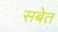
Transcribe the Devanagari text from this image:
सबेत